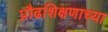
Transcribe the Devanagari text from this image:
प्रौढशिक्षणाच्या